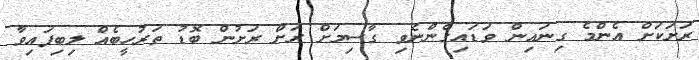
ރަށަކަށް އެންމެ ގިނައިން ވަޑައިގެންނެވި ގާސިމަށް ރަށް ރަށުން ބޮޑު ތަރުހީބެއް ލިބިފައިވާ